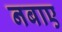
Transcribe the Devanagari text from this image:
नबाए